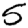
Digit: 5